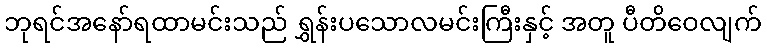
ဘုရင်အနော်ရထာမင်းသည် ရွှန်းပသောလမင်းကြီးနှင့် အတူ ပီတိဝေလျက်